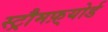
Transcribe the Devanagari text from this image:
स्ट्रौमफ़्योर्ड